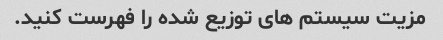
مزیت سیستم های توزیع شده را فهرست کنید.